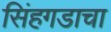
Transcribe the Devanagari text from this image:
सिंहगडाचा